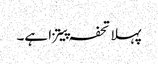
پہلا تحفہ پیتزا ہے۔